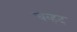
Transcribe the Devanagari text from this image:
चव्हद